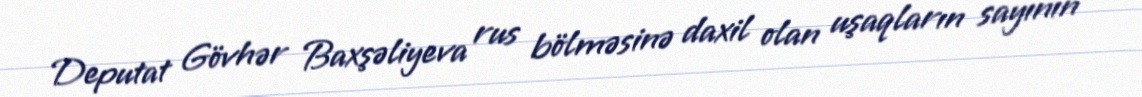
Deputat Gövhər Baxşəliyeva rus bölməsinə daxil olan uşaqların sayının